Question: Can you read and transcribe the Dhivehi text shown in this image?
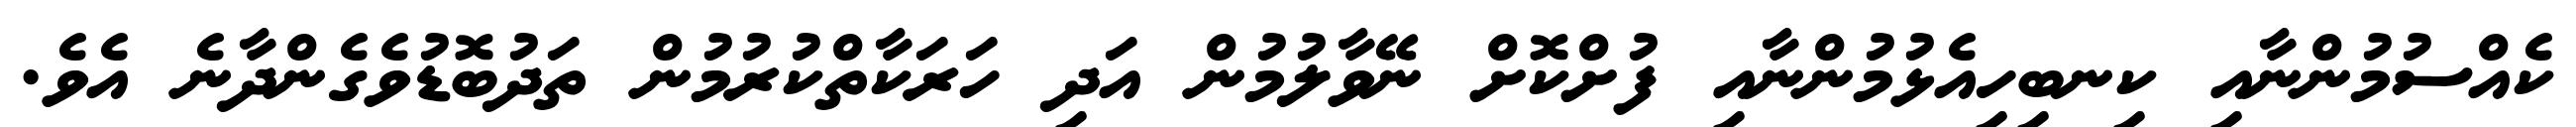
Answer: ކެއްސުމުންނާއި ކިނބިހިއެޅުމުންނާއި ފުށްކޮށް ނޭވާލުމުން އަދި ހަރަކާތްކުރުމުން ތަދުބޮޑުވެގެންދާނެ އެވެ.